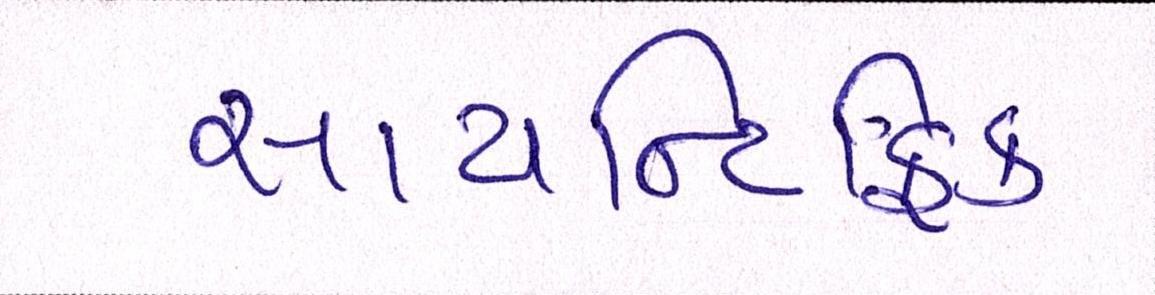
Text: સાયન્ટિફિક